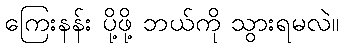
ကြေးနန်း ပို့ဖို့ ဘယ်ကို သွားရမလဲ။